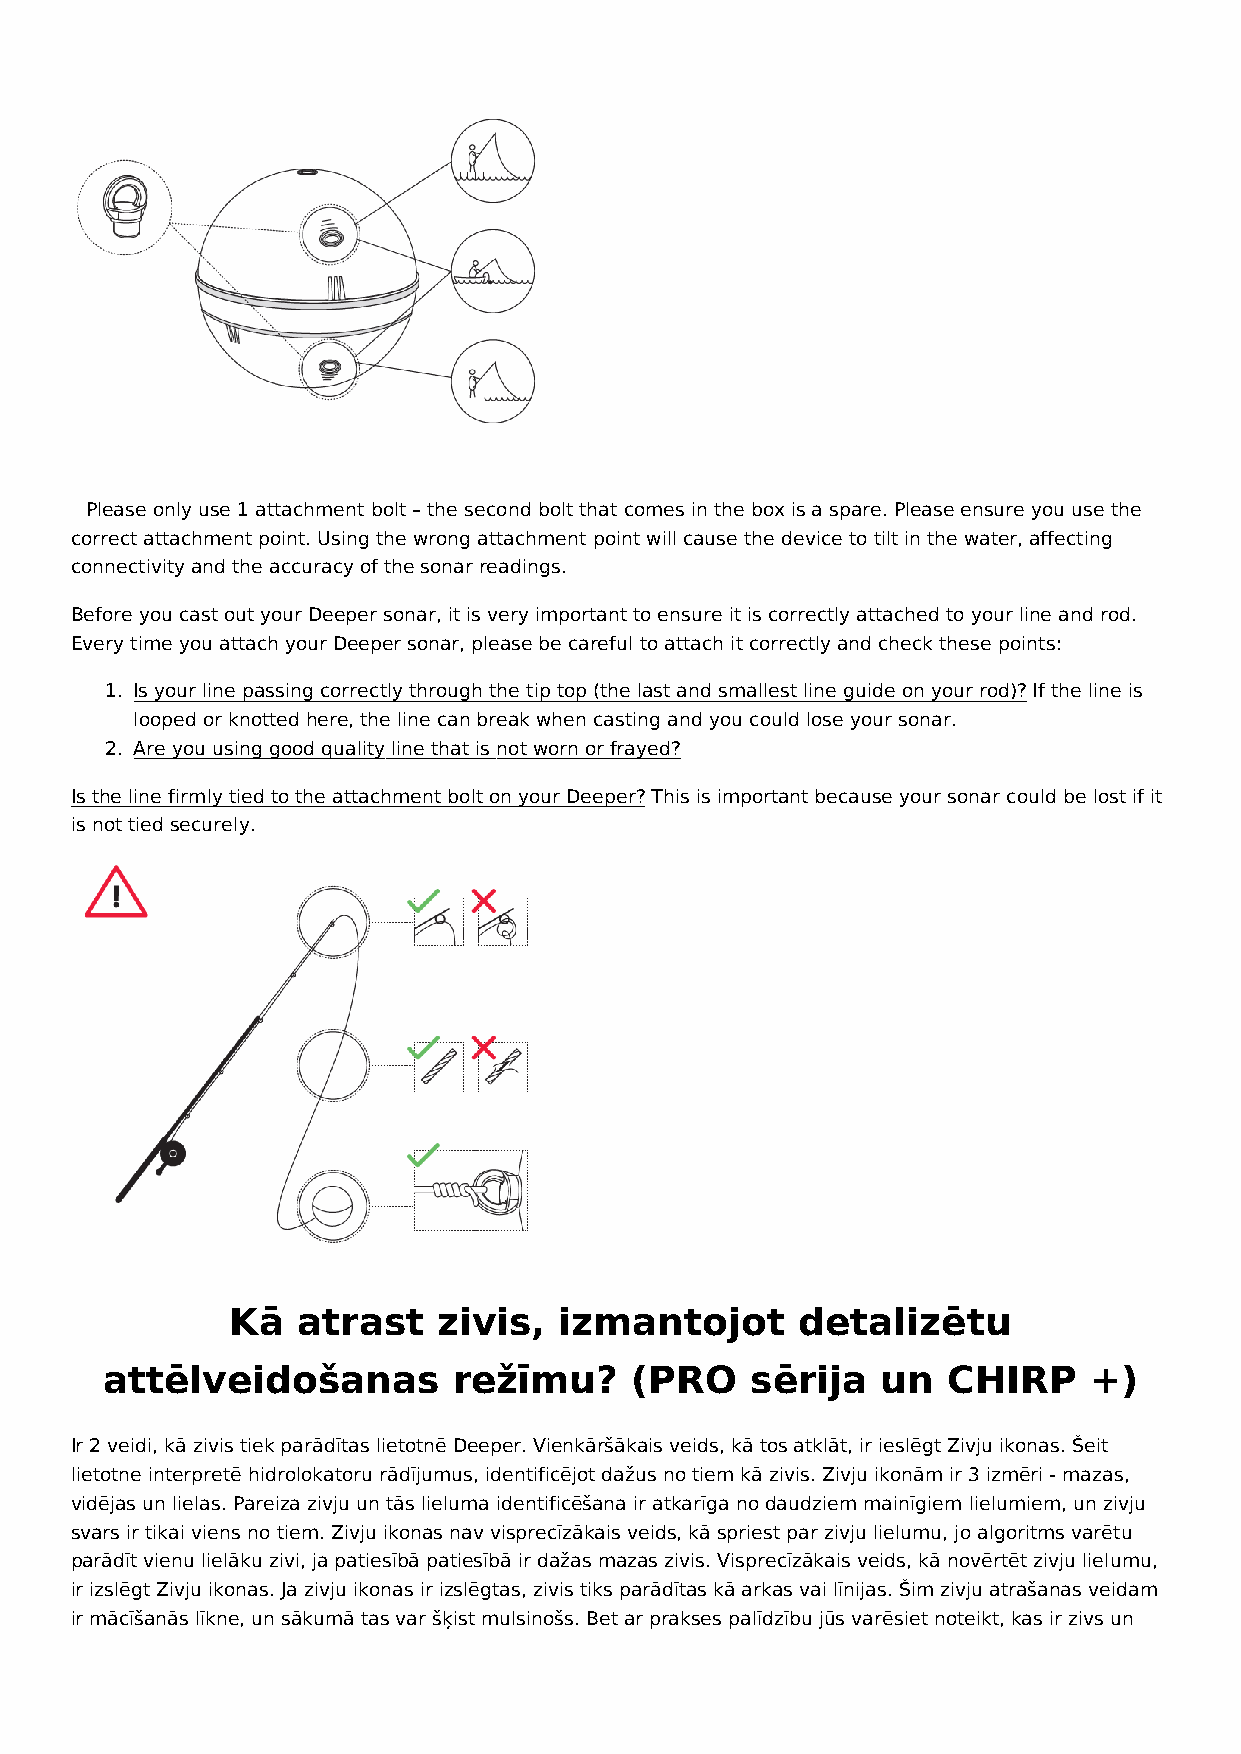
ⓘ Please only use 1 attachment bolt – the second bolt that comes in the box is a spare. Please ensure you use the
 correct attachment point. Using the wrong attachment point will cause the device to tilt in the water, affecting
 connectivity and the accuracy of the sonar readings.
 Before you cast out your Deeper sonar, it is very important to ensure it is correctly attached to your line and rod.
 Every time you attach your Deeper sonar, please be careful to attach it correctly and check these points:
 1. Is your line passing correctly through the tip top (the last and smallest line guide on your rod)? If the line is
 looped or knotted here, the line can break when casting and you could lose your sonar.
 2. Are you using good quality line that is not worn or frayed?
 Is the line firmly tied to the attachment bolt on your Deeper? This is important because your sonar could be lost if it
 is not tied securely.
 Kā   atrast   zivis,  izmantojot      detalizētu
 attēlveidošanas        režīmu?     (PRO    sērija  un   CHIRP    +)
 Ir 2 veidi, kā zivis tiek parādītas lietotnē Deeper. Vienkāršākais veids, kā tos atklāt, ir ieslēgt Zivju ikonas. Šeit
 lietotne interpretē hidrolokatoru rādījumus, identificējot dažus no tiem kā zivis. Zivju ikonām ir 3 izmēri - mazas,
 vidējas un lielas. Pareiza zivju un tās lieluma identificēšana ir atkarīga no daudziem mainīgiem lielumiem, un zivju
 svars ir tikai viens no tiem. Zivju ikonas nav visprecīzākais veids, kā spriest par zivju lielumu, jo algoritms varētu
 parādīt vienu lielāku zivi, ja patiesībā patiesībā ir dažas mazas zivis. Visprecīzākais veids, kā novērtēt zivju lielumu,
 ir izslēgt Zivju ikonas. Ja zivju ikonas ir izslēgtas, zivis tiks parādītas kā arkas vai līnijas. Šim zivju atrašanas veidam
 ir mācīšanās līkne, un sākumā tas var šķist mulsinošs. Bet ar prakses palīdzību jūs varēsiet noteikt, kas ir zivs un